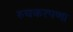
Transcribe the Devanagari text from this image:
रुचकरपणा